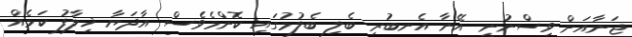
ޖަނާއަށް ވިސްނުނީ އޭނާ އެނބުރި ބެލި ބެލުމުގައި ކޮންމެވެސް އާދަޔާ ޚިލާފު ކަމެއް